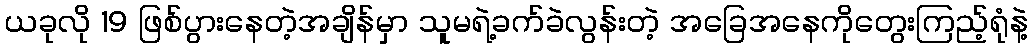
ယခုလို 19 ဖြစ်ပွားနေတဲ့အချိန်မှာ သူမရဲ့ခက်ခဲလွန်းတဲ့ အခြေအနေကိုတွေးကြည့်ရုံနဲ့